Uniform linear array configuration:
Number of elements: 16
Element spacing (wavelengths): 0.75
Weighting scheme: binomial
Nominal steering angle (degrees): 45
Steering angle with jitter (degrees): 43.782
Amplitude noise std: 0.05
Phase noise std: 0.05

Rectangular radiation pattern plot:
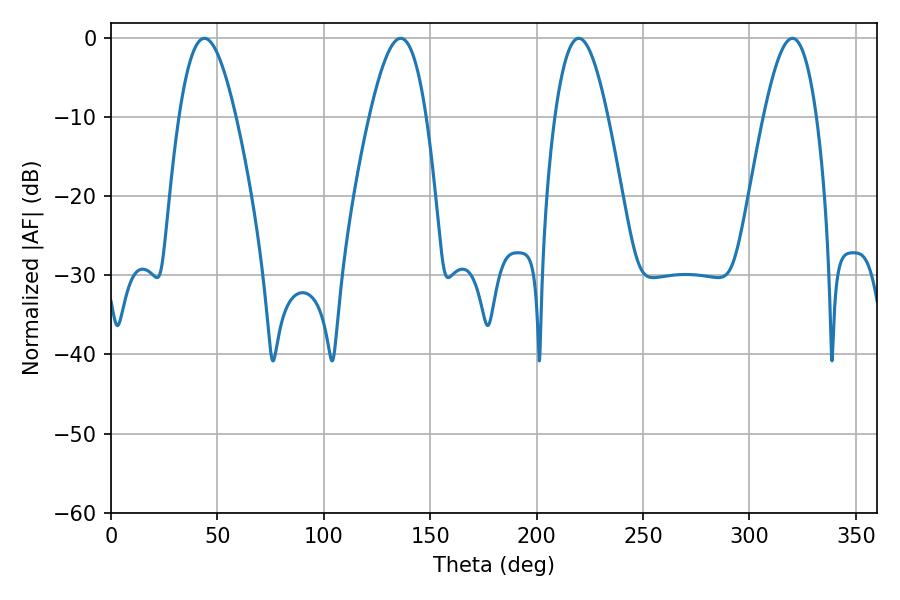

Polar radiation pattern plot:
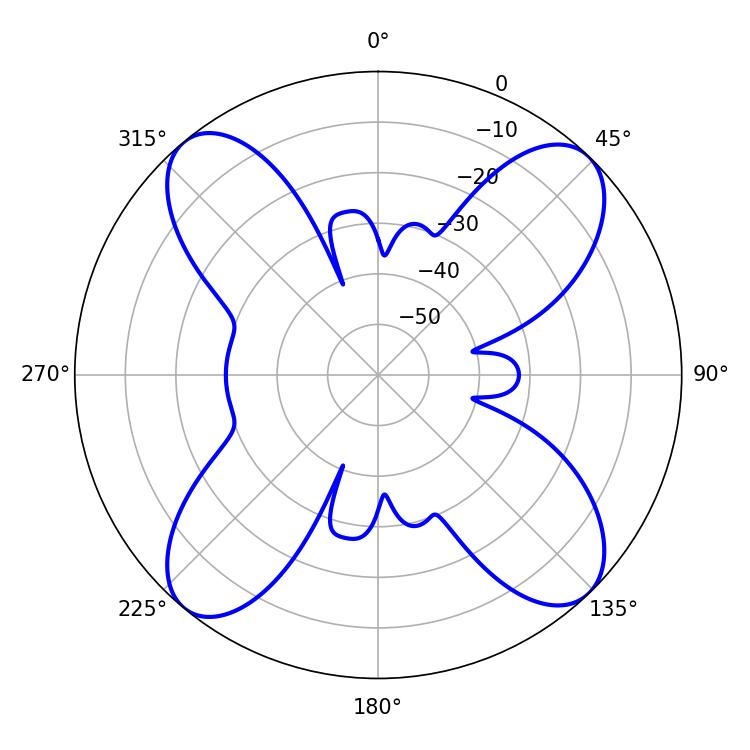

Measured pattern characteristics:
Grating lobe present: TRUE
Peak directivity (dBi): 15.886
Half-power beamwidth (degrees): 13.5
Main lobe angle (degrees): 219.78